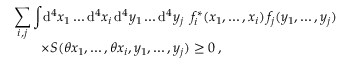
\begin{array} { l } { { \displaystyle \sum _ { i , j } \int \! \mathrm { d } ^ { 4 } x _ { 1 } \dots \mathrm { d } ^ { 4 } x _ { i } \, \mathrm { d } ^ { 4 } y _ { 1 } \dots \mathrm { d } ^ { 4 } y _ { j } \enspace f _ { i } ^ { \ast } ( x _ { 1 } , \dots , x _ { i } ) \, f _ { j } ( y _ { 1 } , \dots , y _ { j } ) } } \\ { { \qquad \times { \cal S } ( \theta x _ { 1 } , \dots , \theta x _ { i } , y _ { 1 } , \dots , y _ { j } ) \ge 0 \, , } } \end{array}